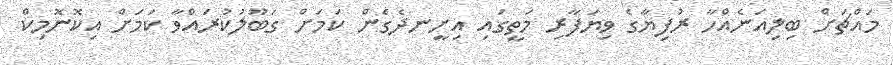
މައްޗަށް ބިލިއަނެއްހާ ރުފިޔާގެ ވިޔަފާރި މަތީގައި އިށީނދެގެން ކަމަށް ގަބޫލުކުރައްވާ ކަމަށް އިކޮނޮމިކް